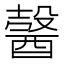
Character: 𨢋